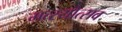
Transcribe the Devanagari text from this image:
मत्स्योत्सव